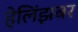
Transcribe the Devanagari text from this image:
हेलिंझबर